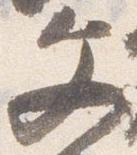
文